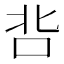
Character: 𭇑